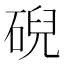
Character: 𥓋